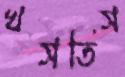
খসতিস